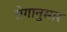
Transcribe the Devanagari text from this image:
रोगानुसार